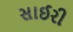
સાઈરી